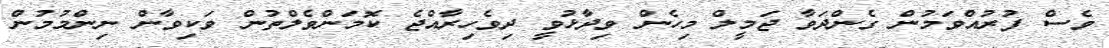
ވެސް ފުރުއްވަމުން ގެންދަވާ ޖަމީލް މިހެން ވިދާޅުވީ ދިވެހިރާއްޖެ ކޮމަންވެލްތުން ވަކިވާން ނިންމުމުން